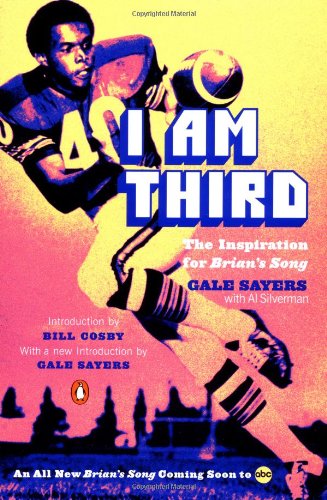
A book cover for I Am Third: The Inspiration for Brian's Song: Third Edition; Gale Sayers; Biographies & Memoirs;